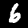
Digit: 6